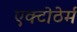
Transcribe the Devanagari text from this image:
एक्टोठेर्म